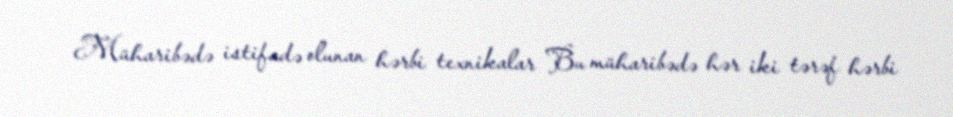
Müharibədə istifadə olunan hərbi texnikalar Bu müharibədə hər iki tərəf hərbi